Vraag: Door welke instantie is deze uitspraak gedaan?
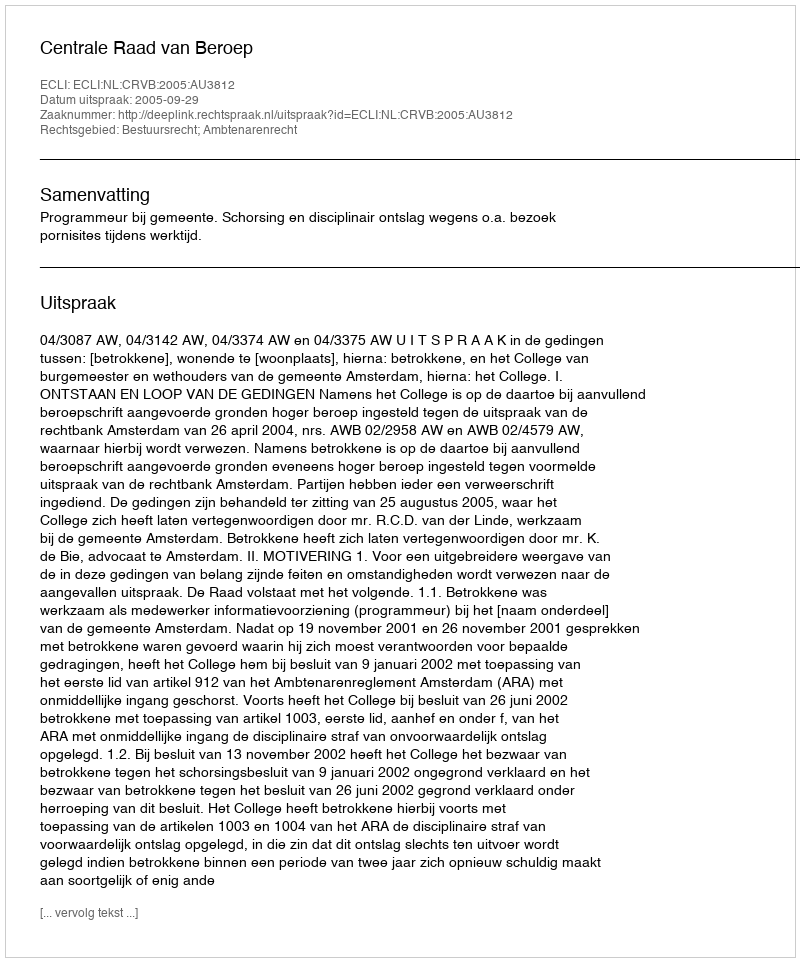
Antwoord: Centrale Raad van Beroep